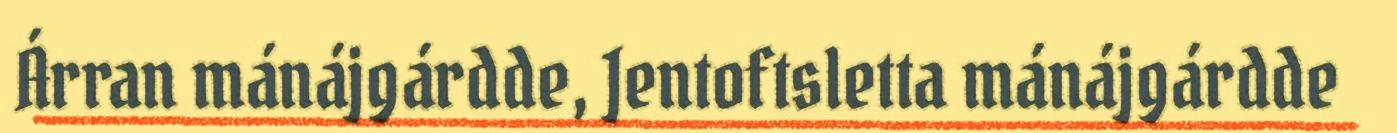
Árran mánájgárdde, Jentoftsletta mánájgárdde